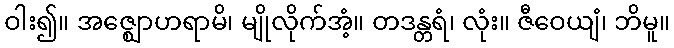
ဝါး၍။ အဇ္ဈောဟရာမိ၊ မျိုလိုက်အံ့။ တဒန္တရံ၊ လုံး။ ဇီဝေယျံ၊ ဘိမူ။